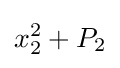
x_{2}^{2}+P_{2}